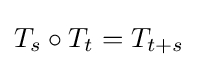
T_{s}\circ T_{t}=T_{t+s}